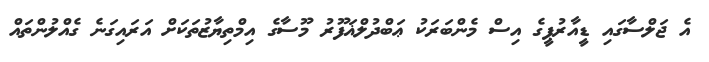
އެ ޖަލްސާގައި ޑީއާރުޕީގެ އިސް މެންބަރަކު ޢަބްދުލްޣަފޫރު މޫސާގެ އިމްތިޔާޒުތަކަށް އަރައިގަނެ ގެއްލުންތައް